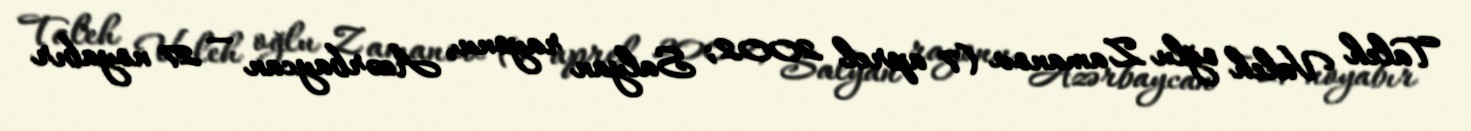
Taleh Valeh oğlu Zamanov (7 aprel 2002; Salyan rayonu, Azərbaycan — 27 noyabır